Indian journal of veterinary science and animal husbandry - Volume 10,
Year: 1940
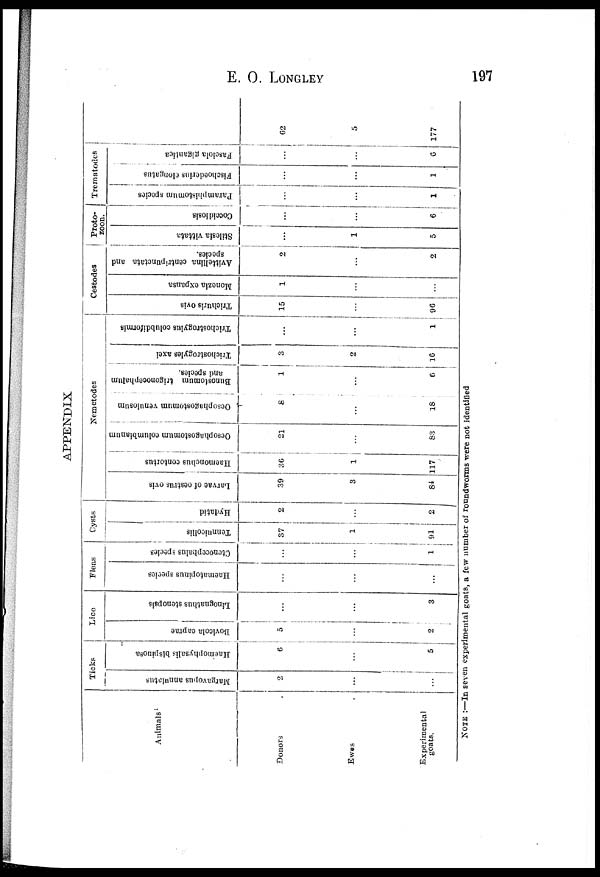
E.
O.
LONGLEY
197
APPENDIX
Animals.
Donors
Ewes
Experimental
goats.
Ticks
Margavopus annulatus
2
...
...
Haemophysalis bispinosa
6
...
5
Lice
Bovicola
caprae
5
...
2
Linognathus stenopsis
...
...
3
Fleas
Haematopinus species
...
...
...
Otenocephalus species
...
...
1
Cysts
Tennuicollis
37
1
91
Hydatid
2
...
2
La r
va e of oestrus ovis
39
3
84
Haemonchus contortus
36
1
117
Oesophagostomum columblanum
21
...
83
Nemetodes
Oesophagostomum venulosum
8
...
18
Bunostomum trigonoccphalum
and species.
1
...
6
Trichostrogyles axei
3
2
16
Trichostrogylus colubdiformis
...
...
1
Cestodes
Trichuris ovis
15
...
96
Monezia expansa
1
...
...
Avittellina centripunctata and
species.
2
...
2
Proto-
zoon.
Stilesia vittata
...
1
5
Coccidiosis
...
...
6
Trematodes
Paramphistomum species
...
...
1
Fischoederius clongatus
...
...
1
Fasciola gigantica
...
...
6
62
5
177
NOTE :—In seven experimental goats, a few number of roundworms were not identified